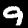
Digit: 9